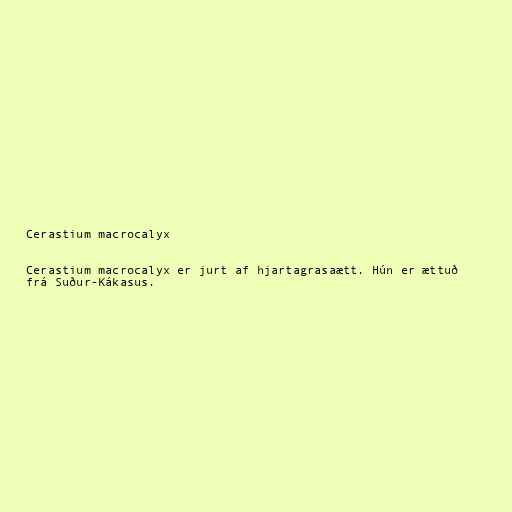
Cerastium macrocalyx

Cerastium macrocalyx er jurt af hjartagrasaætt. Hún er ættuð
frá Suður-Kákasus.